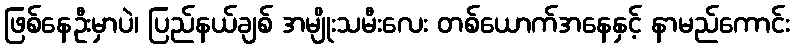
ဖြစ်နေဦးမှာပဲ၊ ပြည်နယ်ချစ် အမျိုးသမီးလေး တစ်ယောက်အနေနှင့် နာမည်ကောင်း